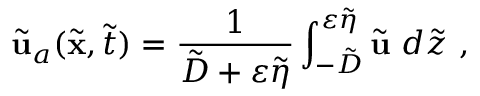
\tilde { \mathbf { u } } _ { a } ( \tilde { \mathbf { x } } , \tilde { t } ) = \frac { 1 } { \tilde { D } + \varepsilon \tilde { \eta } } \int _ { - \tilde { D } } ^ { \varepsilon \tilde { \eta } } \tilde { \mathbf { u } } ~ d \tilde { z } \ ,